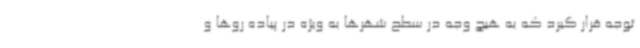
توجه قرار گیرد که به هیچ وجه در سطح شهرها به ویژه در پیاده روها و